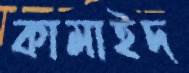
কামাইদ